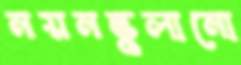
নয়নভুলানো